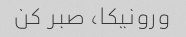
ورونیکا، صبر کن